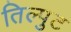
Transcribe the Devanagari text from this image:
तिल्पुट